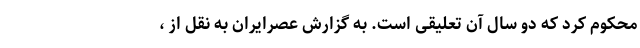
محکوم کرد که دو سال آن تعلیقی است. به گزارش عصرایران به نقل از ،